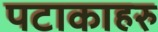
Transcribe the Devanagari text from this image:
पटाकाहरु